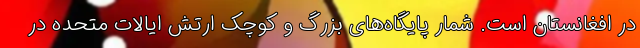
در افغانستان است. شمار پایگاه‌های بزرگ و کوچک ارتش ایالات متحده در